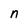
Character: n